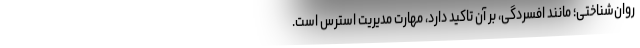
روان‌شناختی؛ مانند افسردگی، بر آن تاکید دارد، مهارت مدیریت استرس است.